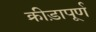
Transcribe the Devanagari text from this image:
क्रीड़ापूर्ण